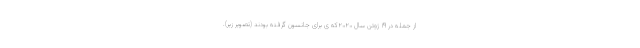
از جمله در ۱۹ ژوئن سال ۲۰۲۰که ی برای جانسون گرفته بودند (تصویر زیر).